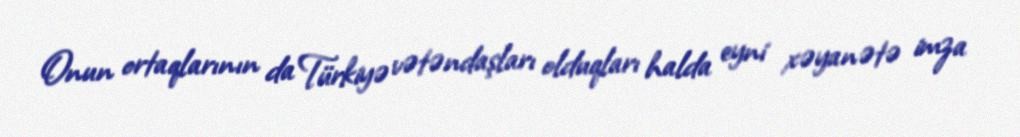
Onun ortaqlarının da Türkiyə vətəndaşları olduqları halda eyni xəyanətə imza